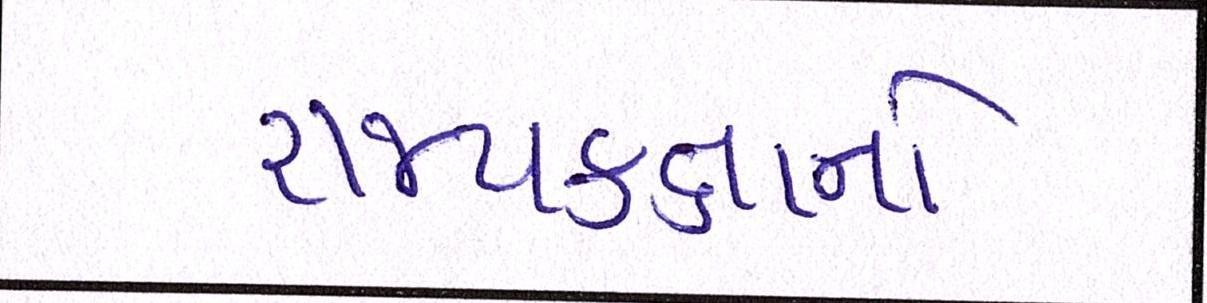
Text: રાજ્યકક્ષાનો